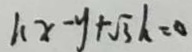
k x - y + \sqrt { 3 } k = 0